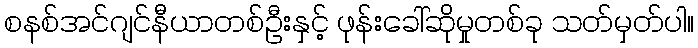
စနစ်အင်ဂျင်နီယာတစ်ဦးနှင့် ဖုန်းခေါ်ဆိုမှုတစ်ခု သတ်မှတ်ပါ။